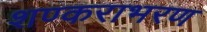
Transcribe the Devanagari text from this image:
शण्कराभरण